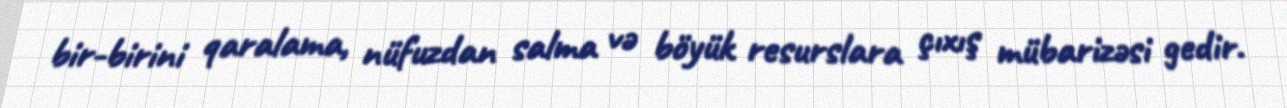
bir-birini qaralama, nüfuzdan salma və böyük resurslara çıxış mübarizəsi gedir.